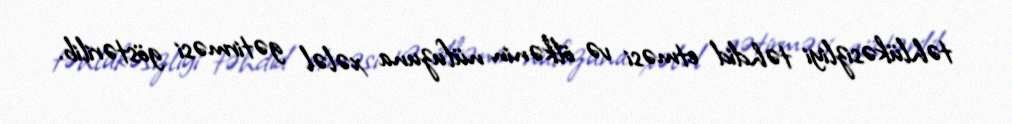
təhlükəsizliyi təhdid etməsi və ölkənin nüfuzuna xələl gətirməsi göstərilib.